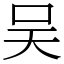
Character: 吴